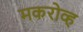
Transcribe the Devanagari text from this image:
मकरोव्ह